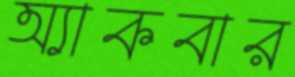
অ্যাকবার